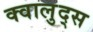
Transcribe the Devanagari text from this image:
क्वालुद्स